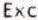
EXC